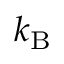
k _ { \mathrm { B } }